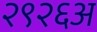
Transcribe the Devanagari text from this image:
२९२६अ